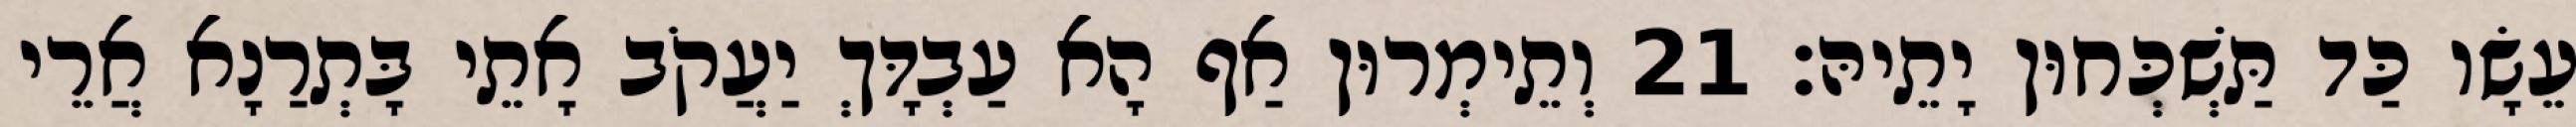
עֵשָׂו כַּד תַּשְׁכְּחוּן יָתֵיהּ׃ 21 וְתֵימְרוּן אַף הָא עַבְדָּךְ יַעֲקֹב אָתֵי בָּתְרַנָא אֲרֵי